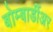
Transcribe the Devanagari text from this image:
बोम्बार्डीअर